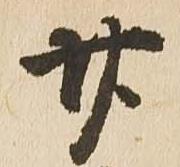
廿